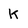
Character: K